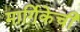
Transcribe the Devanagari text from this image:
मार्गिकेची